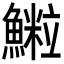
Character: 𩻑